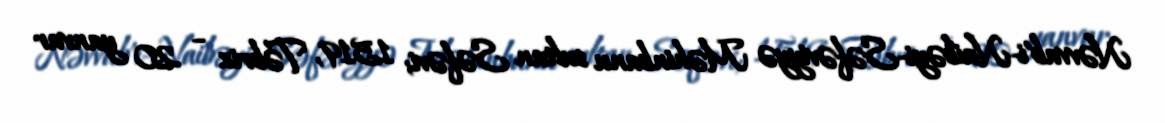
Nəvvab'i-Naibəyi-Səfəviyyə Məhinbanu sultan Səfəvi; 1519, Təbriz – 20 yanvar